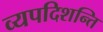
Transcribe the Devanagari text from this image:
व्यपदिशन्ति